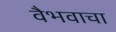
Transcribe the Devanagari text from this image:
वैभवाचा